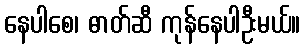
နေပါစေ၊ ဓာတ်ဆီ ကုန်နေပါဦးမယ်။